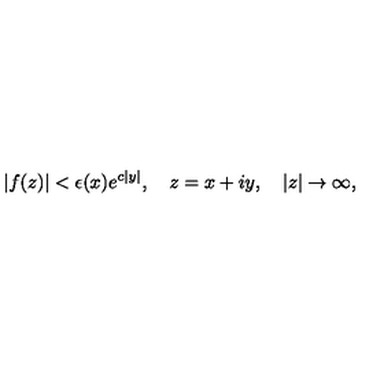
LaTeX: \left| f ( z ) \right| < \epsilon ( x ) e ^ { c \left| y \right| } , \quad z = x + i y , \quad \left| z \right| \rightarrow \infty ,